Regulations for the medical services of the Army of India
Year: 1930
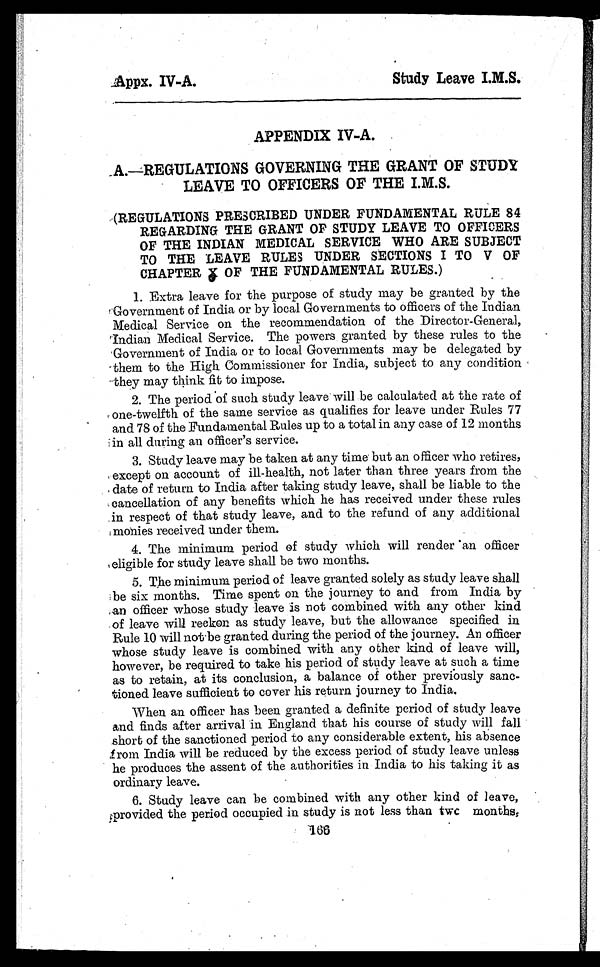
_Appx. IV-A.
Study Leave I.M.S.
APPENDIX IV-A.
A.—REGULATIONS GOVERNING THE GRANT OF STUDY
LEAVE TO OFFICERS OF THE
( R E G U L A T I O N S P R E S C R I B E D U N D E R F U N D A M E N T A L R U L E 8 4
REGARDING THE GRANT OF STUDY LEAVE TO OFFICERS
OF THE INDIAN MEDICAL SERVICE WHO ARE SUBJECT
TO THE LEAVE RULES UNDER SECTIONS I TO V OF
CHAPTER X OF THE FUNDAMENTAL RULES. )
1. Extra leave for the purpose of study may be granted by the
Government of India or by local Governments to officers of the Indian
Medical Service on the recommendation of the Director-General,
Indian Medical Service. The powers granted by these rules to the
Government of India or to local Governments may be delegated by
them to the High Commissioner for India, subject to any condition
they may think fit to impose.
2. The period of such study leave will be calculated at the rate of
one-twelfth of the same service as qualifies for leave under Rules 77
and 78 of the Fundamental Rules up to a total in any case of 12 months
in all during an officer’s service.
3. Study leave may be taken at any time but an officer who retires,
except on account of ill-health, not later than three years from the
date of return to India after taking study leave, shall be liable to the
cancellation of any benefits which he has received under these rules
in respect of that study leave, and to the refund of any additional
monies received under them.
4. The minimum period of study which will render an officer
eligible for study leave shall be two months.
5. The minimum period of leave granted solely as study leave shall
be six months. Time spent on the journey to and from India by
an officer whose study leave is not combined with any other kind
of leave will reckon as study leave, but the allowance specified in
Rule 10 will notibe granted during the period of the journey. An officer
whose study leave is combined with any other kind of leave will,
however, be required to take his period of study leave at such a time
as to retain, at its conclusion, a balance of other previously sanc-
tioned leave sufficient to cover his return journey to India.
When an officer has been granted a definite period of study leave
and finds after arrival in England that his course of study will fall
short of the sanctioned period to any considerable extent, his absence
from India will be reduced by the excess period of study leave unless
he produces the assent of the authorities in India to his taking it as
ordinary leave.
6. Study leave can be combined with any other kind of leave,
provided the period occupied in study is not less than twc months.
166